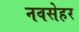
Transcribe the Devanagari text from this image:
नवसेहर